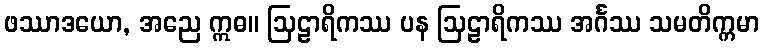
ဖဿာဒယော, အညေ ဣဓ။ ဩဠာရိကဿ ပန ဩဠာရိကဿ အင်္ဂဿ သမတိက္ကမာ